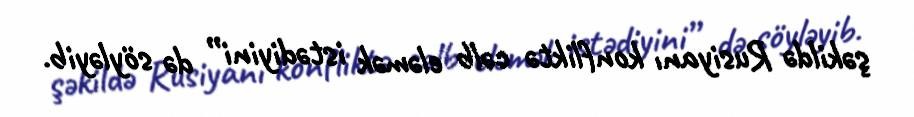
şəkildə Rusiyanı konfliktə cəlb eləmək istədiyini” də söyləyib.